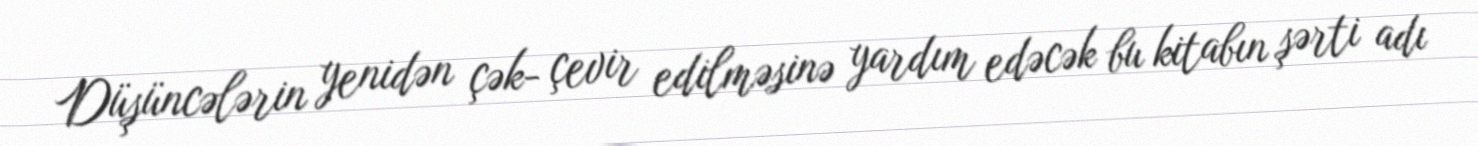
Düşüncələrin yenidən çək- çevir edilməsinə yardım edəcək bu kitabın şərti adı